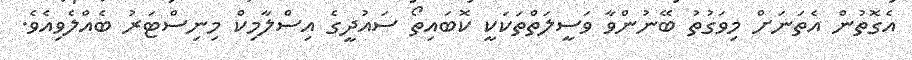
އެގޮތުން އެތަނަށް މިވަގުތު ބޭނުންވާ ވަސީލަތްތަކަކީ ކޮބައިތޯ ސައުދީގެ އިސްލާމިކް މިނިސްޓަރު ބެއްލެވިއެވެ.